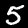
Label: 5